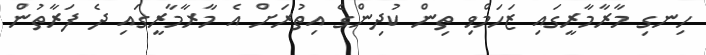
ހިނގި މާރާމާރީގައި ޒަހަމްވި ތިން ކުދިންގެ އިތުރަށް އެ މާރާމާރީގައި ދެ ފަރާތުން